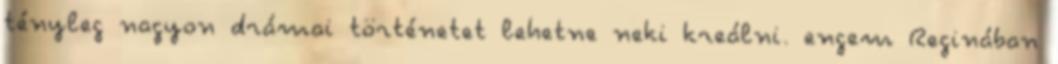
tényleg nagyon drámai történetet lehetne neki kreálni. engem Reginában